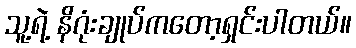
သူ့ရဲ့ နိဂုံးချုပ်ကတော့ရှင်းပါတယ်။